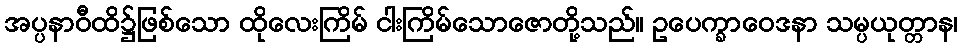
အပ္ပနာဝီထိ၌ဖြစ်သော ထိုလေးကြိမ် ငါးကြိမ်သောဇောတို့သည်။ ဥပေက္ခာဝေဒနာ သမ္ပယုတ္တာန၊